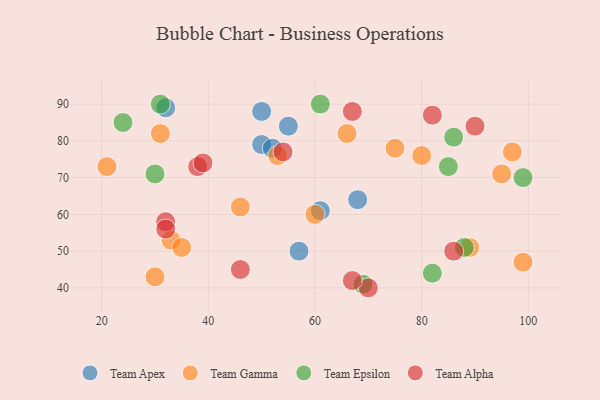
{"axis": {"x": "GDP", "y": "Life Expectancy"}, "legend": ["Team Alpha", "Team Apex", "Team Epsilon", "Team Gamma"], "data": [{"x": "50", "y": 88, "type": "Team Apex"}, {"x": "68", "y": 64, "type": "Team Apex"}, {"x": "50", "y": 79, "type": "Team Apex"}, {"x": "32", "y": 89, "type": "Team Apex"}, {"x": "61", "y": 61, "type": "Team Apex"}, {"x": "52", "y": 78, "type": "Team Apex"}, {"x": "55", "y": 84, "type": "Team Apex"}, {"x": "57", "y": 50, "type": "Team Apex"}, {"x": "31", "y": 82, "type": "Team Gamma"}, {"x": "30", "y": 43, "type": "Team Gamma"}, {"x": "21", "y": 73, "type": "Team Gamma"}, {"x": "99", "y": 47, "type": "Team Gamma"}, {"x": "66", "y": 82, "type": "Team Gamma"}, {"x": "80", "y": 76, "type": "Team Gamma"}, {"x": "60", "y": 60, "type": "Team Gamma"}, {"x": "53", "y": 76, "type": "Team Gamma"}, {"x": "97", "y": 77, "type": "Team Gamma"}, {"x": "33", "y": 53, "type": "Team Gamma"}, {"x": "75", "y": 78, "type": "Team Gamma"}, {"x": "95", "y": 71, "type": "Team Gamma"}, {"x": "35", "y": 51, "type": "Team Gamma"}, {"x": "89", "y": 51, "type": "Team Gamma"}, {"x": "46", "y": 62, "type": "Team Gamma"}, {"x": "88", "y": 51, "type": "Team Epsilon"}, {"x": "61", "y": 90, "type": "Team Epsilon"}, {"x": "82", "y": 44, "type": "Team Epsilon"}, {"x": "99", "y": 70, "type": "Team Epsilon"}, {"x": "24", "y": 85, "type": "Team Epsilon"}, {"x": "30", "y": 71, "type": "Team Epsilon"}, {"x": "69", "y": 41, "type": "Team Epsilon"}, {"x": "31", "y": 90, "type": "Team Epsilon"}, {"x": "86", "y": 81, "type": "Team Epsilon"}, {"x": "85", "y": 73, "type": "Team Epsilon"}, {"x": "32", "y": 58, "type": "Team Alpha"}, {"x": "46", "y": 45, "type": "Team Alpha"}, {"x": "38", "y": 73, "type": "Team Alpha"}, {"x": "67", "y": 88, "type": "Team Alpha"}, {"x": "90", "y": 84, "type": "Team Alpha"}, {"x": "54", "y": 77, "type": "Team Alpha"}, {"x": "82", "y": 87, "type": "Team Alpha"}, {"x": "70", "y": 40, "type": "Team Alpha"}, {"x": "39", "y": 74, "type": "Team Alpha"}, {"x": "67", "y": 42, "type": "Team Alpha"}, {"x": "86", "y": 50, "type": "Team Alpha"}, {"x": "32", "y": 56, "type": "Team Alpha"}]}